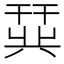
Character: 𫷛